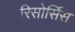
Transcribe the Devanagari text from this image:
रिसोर्सिस